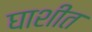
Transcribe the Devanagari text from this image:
घाशीत